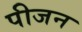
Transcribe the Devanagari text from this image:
पीजन